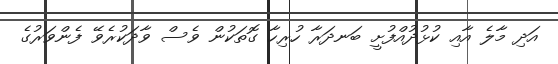
އަދި މާލެ އާއި ކުޅުދުއްފުށީ ބަނދަރާ ހުރިހާ ގޮތަކުން ވެސް ވާދަކުރެވޭ ފެންވަރުގެ